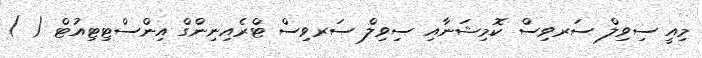
މިއީ ސިވިލް ސަރވިސް ކޮމިޝަނާއި ސިވިލް ސަރވިސް ޓްރެއިނިންގް އިންސްޓިޓިއުޓް ( )